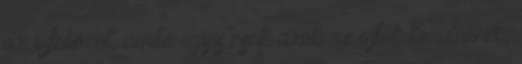
az infoboxot, amibe úgyis csak azok az infók kerülnének,